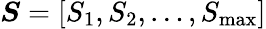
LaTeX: \boldsymbol{S}=[S_{1},S_{2},\dots,S_{\mathrm{max}}]